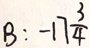
B : - 1 7 \frac { 3 } { 4 }